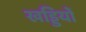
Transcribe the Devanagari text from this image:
खड्डियों